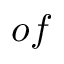
o f